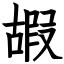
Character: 嘏